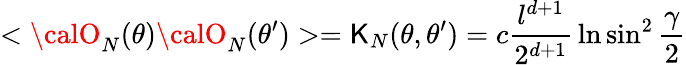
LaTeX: <{\calO}_{N}(\theta){\calO}_{N}(\theta^{\prime})>=\mathsf{K}_{N}(\theta,\theta^{\prime})=c{\frac{{l^{d+1}}}{{2^{d+1}}}}\ln\sin^{2}{\frac{{\gamma}}{{2}}}